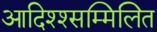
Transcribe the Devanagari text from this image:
आदिश्श्सम्मिलित